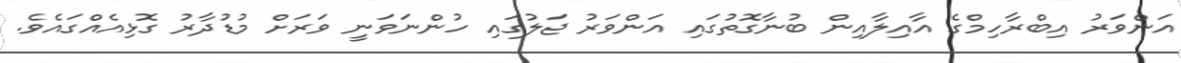
އަންވަރު އިބްރާހިމްގެ އާއިލާއިން ބުނާގޮތުގައި އަންވަރު ޖަލުގައި ހުންނަވަނީ ވަރަށް މުޑުދާރު ގޮޅިއެއްގައެވެ.